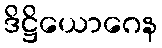
ဒိဋ္ဌိယောဂေန